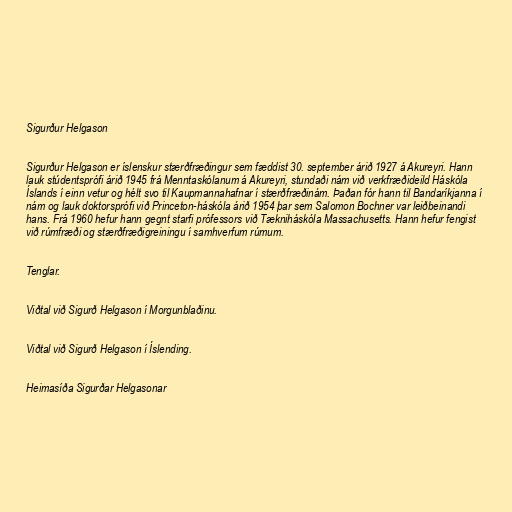
Sigurður Helgason

Sigurður Helgason er íslenskur stærðfræðingur sem fæddist 30. september árið 1927 á Akureyri. Hann
lauk stúdentsprófi árið 1945 frá Menntaskólanum á Akureyri, stundaði nám við verkfræðideild Háskóla
Íslands í einn vetur og hélt svo til Kaupmannahafnar í stærðfræðinám. Þaðan fór hann til Bandaríkjanna í
nám og lauk doktorsprófi við Princeton-háskóla árið 1954 þar sem Salomon Bochner var leiðbeinandi
hans. Frá 1960 hefur hann gegnt starfi prófessors við Tækniháskóla Massachusetts. Hann hefur fengist
við rúmfræði og stærðfræðigreiningu í samhverfum rúmum.

Tenglar.

Viðtal við Sigurð Helgason í Morgunblaðinu.

Viðtal við Sigurð Helgason í Íslending.

Heimasíða Sigurðar Helgasonar